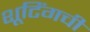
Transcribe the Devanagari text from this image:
शूटिंगची